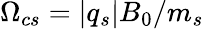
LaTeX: \Omega_{cs}=|q{_s}|B_{0}/m_{s}